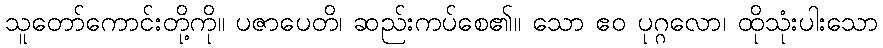
သူတော်ကောင်းတို့ကို။ ပဇာပေတိ၊ ဆည်းကပ်စေ၏။ သော ဧဝ ပုဂ္ဂလော၊ ထိုသုံးပါးသော